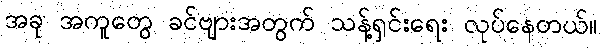
အခု အကူတွေ ခင်ဗျားအတွက် သန့်ရှင်းရေး လုပ်နေတယ်။